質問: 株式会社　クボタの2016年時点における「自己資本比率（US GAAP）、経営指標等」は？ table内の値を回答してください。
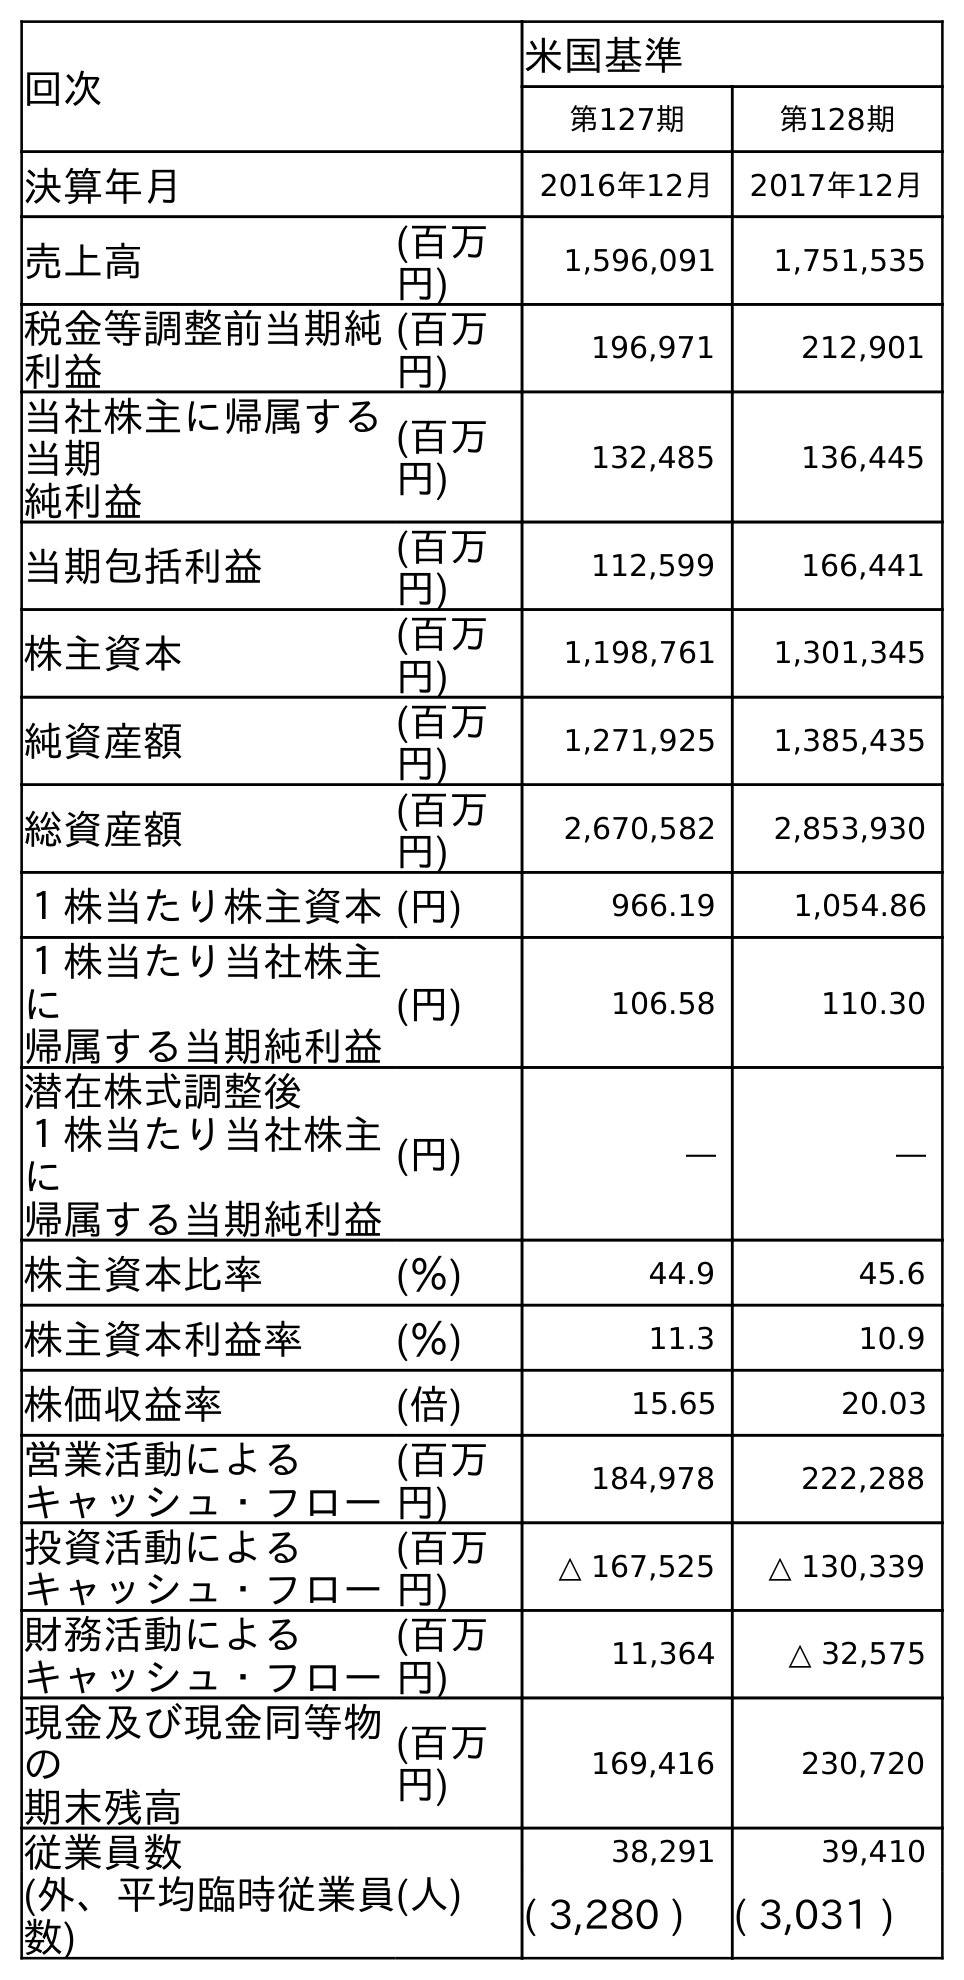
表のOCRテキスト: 回次 米国基準 第127期 第128期 決算年月 2016年12月 2017年12月 売上高 (百万 円) 1,596,091 1,751,535 税金等調整前当期純 利益 (百万 円) 196,971 212,901 当社株主に帰属する 当期 純利益 (百万 円) 132,485 136,445 当期包括利益 (百万 円) 112,599 166,441 株主資本 (百万 円) 1,198,761 1,301,345 純資産額 (百万 円) 1,271,925 1,385,435 総資産額 (百万 円) 2,670,582 2,853,930 １株当たり株主資本(円) 966.19 1,054.86 １株当たり当社株主 に 帰属する当期純利益 (円) 106.58 110.30 潜在株式調整後 １株当たり当社株主 に 帰属する当期純利益 (円) ― ― 株主資本比率 (％) 44.9 45.6 株主資本利益率 (％) 11.3 10.9 株価収益率 (倍) 15.65 20.03 営業活動による キャッシュ・フロー (百万 円) 184,978 222,288 投資活動による キャッシュ・フロー (百万 円) △ 167,525 △ 130,339 財務活動による キャッシュ・フロー (百万 円) 11,364 △ 32,575 現金及び現金同等物 の 期末残高 (百万 円) 169,416 230,720 従業員数 (人) 38,291 39,410 (外、平均臨時従業員 数) ( 3,280 ) ( 3,031 )
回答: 44.9